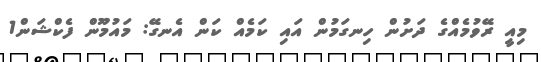
މިއީ ރޭވުމެއްގެ ދަށުން ހިނގަމުން އައި ކަމެއް ކަން އެނގޭ: މައުމޫން ފެކްޝަން1